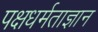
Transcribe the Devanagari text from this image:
पक्षधर्मताज्ञान